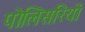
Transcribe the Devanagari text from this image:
पोलिसरियों